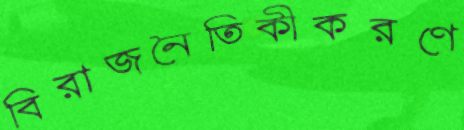
বিরাজনৈতিকীকরণে